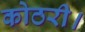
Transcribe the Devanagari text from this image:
कोठरी।